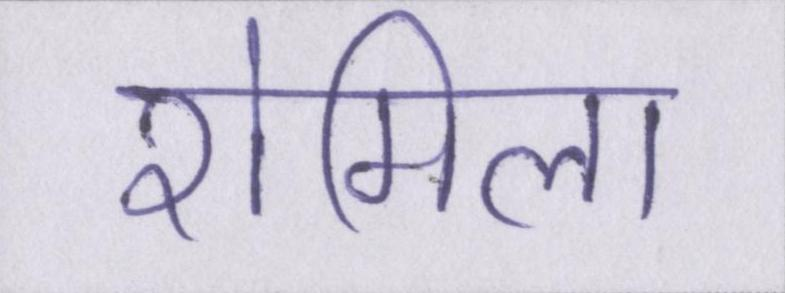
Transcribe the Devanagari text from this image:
रोमिला